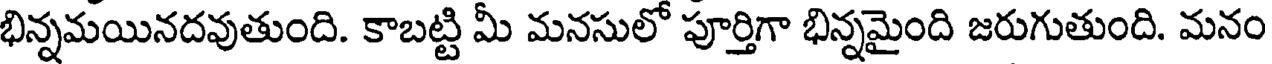
భిన్నమయినదవుతుంది. కాబట్టి మీ మనసులో పూర్తిగా భిన్నమైంది జరుగుతుంది. మనం